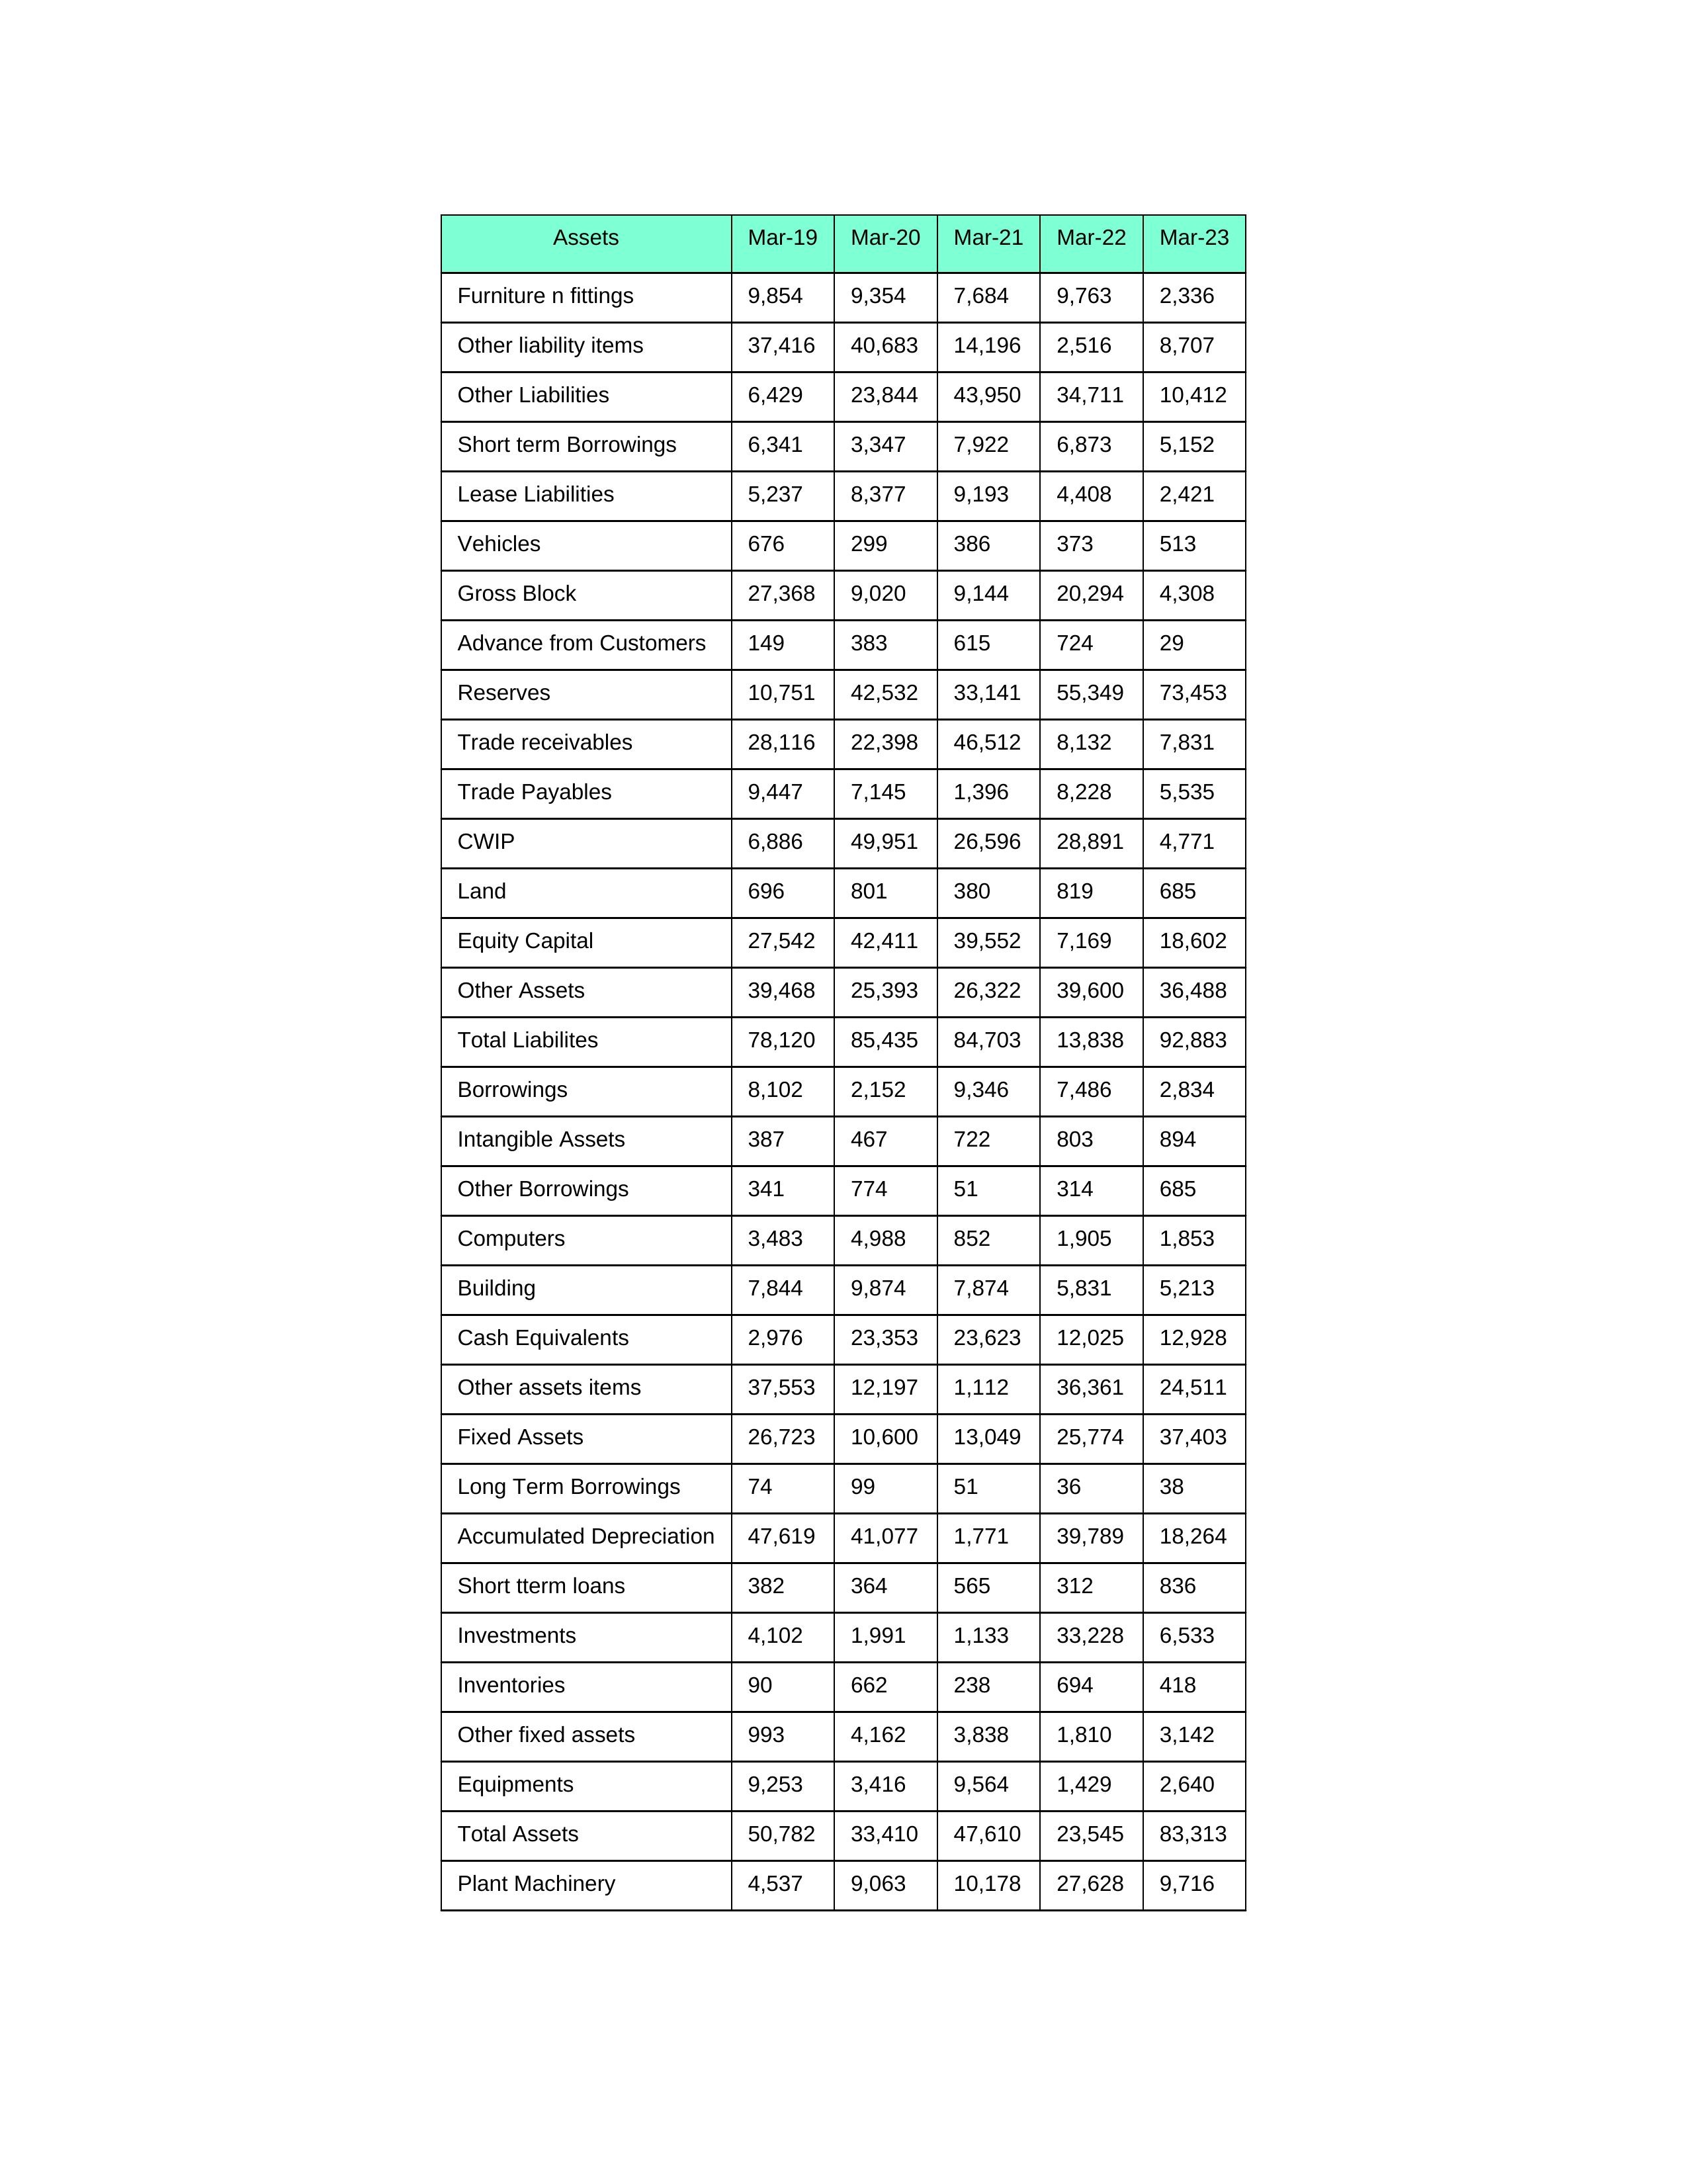
gt_parse: Mar-19: Equity Capital: 27,542
Reserves: 10,751
Borrowings: 8,102
Long Term Borrowings: 74
Short term Borrowings: 6,341
Lease Liabilities: 5,237
Other Borrowings: 341
Other Liabilities: 6,429
Trade Payables: 9,447
Advance from Customers: 149
Other liability items: 37,416
Total Liabilites: 78,120
Fixed Assets: 26,723
Land: 696
Building: 7,844
Plant Machinery: 4,537
Equipments: 9,253
Computers: 3,483
Furniture n fittings: 9,854
Vehicles: 676
Intangible Assets: 387
Other fixed assets: 993
Gross Block: 27,368
Accumulated Depreciation: 47,619
CWIP: 6,886
Investments: 4,102
Other Assets: 39,468
Inventories: 90
Trade receivables: 28,116
Cash Equivalents: 2,976
Short tterm loans: 382
Other assets items: 37,553
Total Assets: 50,782
Mar-20: Equity Capital: 42,411
Reserves: 42,532
Borrowings: 2,152
Long Term Borrowings: 99
Short term Borrowings: 3,347
Lease Liabilities: 8,377
Other Borrowings: 774
Other Liabilities: 23,844
Trade Payables: 7,145
Advance from Customers: 383
Other liability items: 40,683
Total Liabilites: 85,435
Fixed Assets: 10,600
Land: 801
Building: 9,874
Plant Machinery: 9,063
Equipments: 3,416
Computers: 4,988
Furniture n fittings: 9,354
Vehicles: 299
Intangible Assets: 467
Other fixed assets: 4,162
Gross Block: 9,020
Accumulated Depreciation: 41,077
CWIP: 49,951
Investments: 1,991
Other Assets: 25,393
Inventories: 662
Trade receivables: 22,398
Cash Equivalents: 23,353
Short tterm loans: 364
Other assets items: 12,197
Total Assets: 33,410
Mar-21: Equity Capital: 39,552
Reserves: 33,141
Borrowings: 9,346
Long Term Borrowings: 51
Short term Borrowings: 7,922
Lease Liabilities: 9,193
Other Borrowings: 51
Other Liabilities: 43,950
Trade Payables: 1,396
Advance from Customers: 615
Other liability items: 14,196
Total Liabilites: 84,703
Fixed Assets: 13,049
Land: 380
Building: 7,874
Plant Machinery: 10,178
Equipments: 9,564
Computers: 852
Furniture n fittings: 7,684
Vehicles: 386
Intangible Assets: 722
Other fixed assets: 3,838
Gross Block: 9,144
Accumulated Depreciation: 1,771
CWIP: 26,596
Investments: 1,133
Other Assets: 26,322
Inventories: 238
Trade receivables: 46,512
Cash Equivalents: 23,623
Short tterm loans: 565
Other assets items: 1,112
Total Assets: 47,610
Mar-22: Equity Capital: 7,169
Reserves: 55,349
Borrowings: 7,486
Long Term Borrowings: 36
Short term Borrowings: 6,873
Lease Liabilities: 4,408
Other Borrowings: 314
Other Liabilities: 34,711
Trade Payables: 8,228
Advance from Customers: 724
Other liability items: 2,516
Total Liabilites: 13,838
Fixed Assets: 25,774
Land: 819
Building: 5,831
Plant Machinery: 27,628
Equipments: 1,429
Computers: 1,905
Furniture n fittings: 9,763
Vehicles: 373
Intangible Assets: 803
Other fixed assets: 1,810
Gross Block: 20,294
Accumulated Depreciation: 39,789
CWIP: 28,891
Investments: 33,228
Other Assets: 39,600
Inventories: 694
Trade receivables: 8,132
Cash Equivalents: 12,025
Short tterm loans: 312
Other assets items: 36,361
Total Assets: 23,545
Mar-23: Equity Capital: 18,602
Reserves: 73,453
Borrowings: 2,834
Long Term Borrowings: 38
Short term Borrowings: 5,152
Lease Liabilities: 2,421
Other Borrowings: 685
Other Liabilities: 10,412
Trade Payables: 5,535
Advance from Customers: 29
Other liability items: 8,707
Total Liabilites: 92,883
Fixed Assets: 37,403
Land: 685
Building: 5,213
Plant Machinery: 9,716
Equipments: 2,640
Computers: 1,853
Furniture n fittings: 2,336
Vehicles: 513
Intangible Assets: 894
Other fixed assets: 3,142
Gross Block: 4,308
Accumulated Depreciation: 18,264
CWIP: 4,771
Investments: 6,533
Other Assets: 36,488
Inventories: 418
Trade receivables: 7,831
Cash Equivalents: 12,928
Short tterm loans: 836
Other assets items: 24,511
Total Assets: 83,313